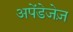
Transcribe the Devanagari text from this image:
अपेंडेजेज़